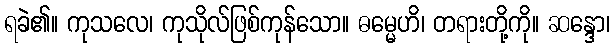
ရခဲ၏။ ကုသလေ၊ ကုသိုလ်ဖြစ်ကုန်သော။ ဓမ္မေဟိ၊ တရားတို့ကို။ ဆန္ဒော၊